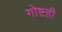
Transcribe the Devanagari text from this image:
गोष्टही